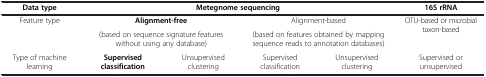
| Data type | <COLSPAN=4> Metegnome sequencing | 16S rRNA |
 | --- | --- | --- | --- | --- | --- |
 | <ROWSPAN=2> Feature type | <COLSPAN=2> Alignment-free | <COLSPAN=2> Alignment-based | <ROWSPAN=2> OTU-based or microbial taxon-based |
 | <COLSPAN=2> (based on sequence signature features without using any database) | <COLSPAN=2> (based on features obtained by mapping sequence reads to annotation databases) |
 | Type of machine learning | Supervised classification | Unsupervised clustering | Supervised classification | Unsupervised clustering | Supervised or unsupervised |